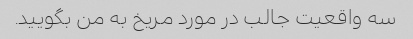
سه واقعیت جالب در مورد مریخ به من بگویید.